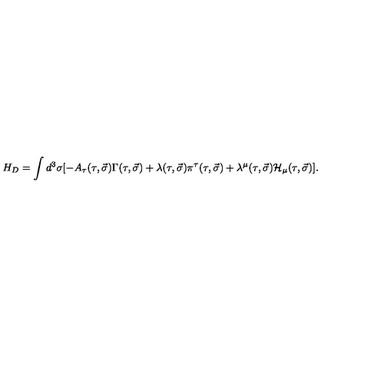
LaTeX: H _ { D } = \int d ^ { 3 } \sigma [ - A _ { \tau } ( \tau , \vec { \sigma } ) \Gamma ( \tau , \vec { \sigma } ) + \lambda ( \tau , \vec { \sigma } ) \pi ^ { \tau } ( \tau , \vec { \sigma } ) + \lambda ^ { \mu } ( \tau , \vec { \sigma } ) { \cal H } _ { \mu } ( \tau , \vec { \sigma } ) ] .